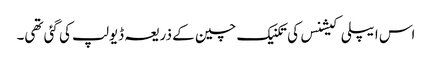
اس ایپلی کیشنس کی تکنیک چین کے ذریعہ ڈیولپ کی گئی تھی۔